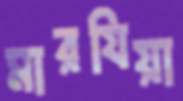
মারযিয়া